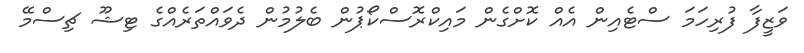
ވަޒީފާ ފުރިހަމަ ސްޓެއިން އެއް ކޮށްގެން މައިކްރޮސްކޯޕުން ބެލުމުން ދެވައްތަރެއްގެ ޓިޝޫ ޗިސްމޭ